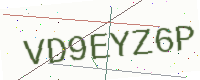
Text: VD9EYZ6P